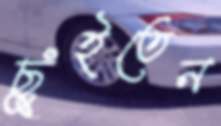
ছুঁইতেন